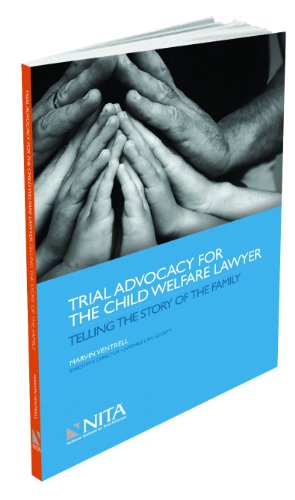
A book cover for Trial Advocacy for the Child Welfare Lawyer: Telling the Story of the Family; Marvin Ventrell; Law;